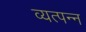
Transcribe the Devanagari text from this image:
व्‍यत्‍पन्‍न